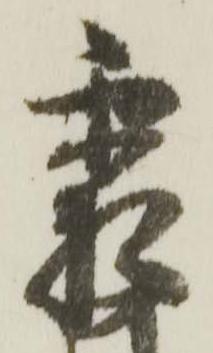
霜